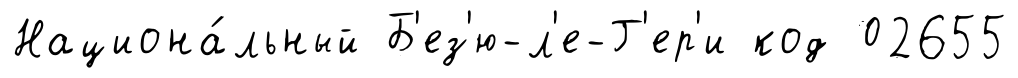
Национа́льный Б'ез'ю-л'е-Г'ер'и код 02655